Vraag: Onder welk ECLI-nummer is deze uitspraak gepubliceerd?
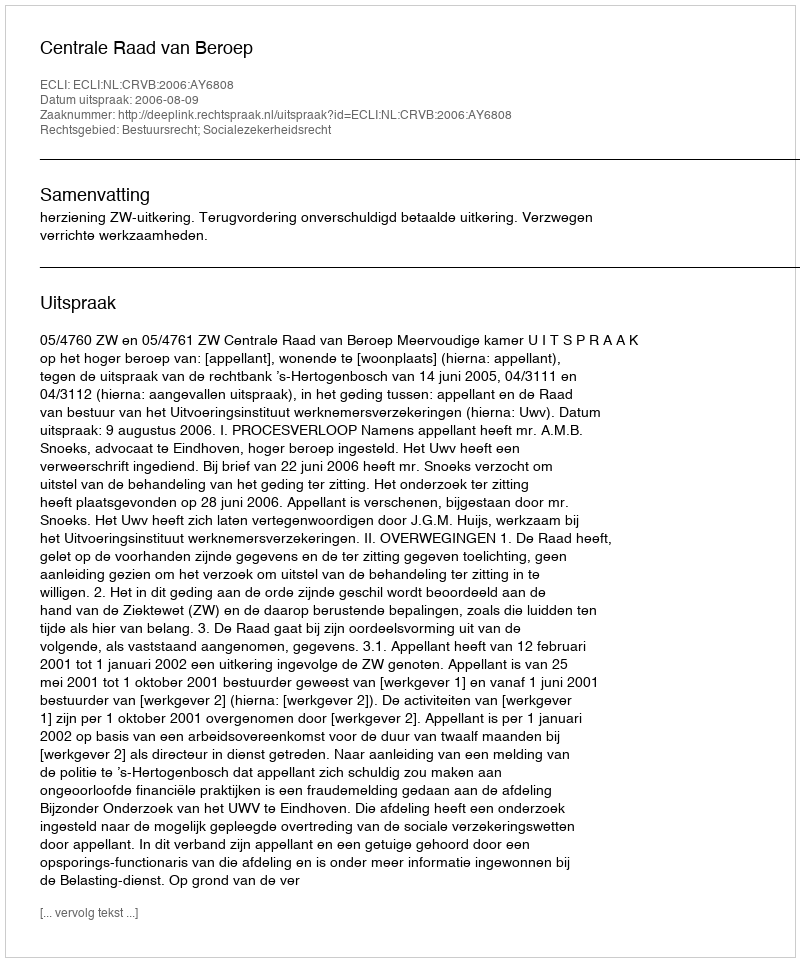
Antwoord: ECLI:NL:CRVB:2006:AY6808